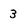
Character: 3